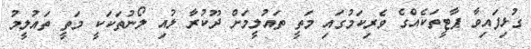
ގުޅިފައިވާ ޕާޓީތަކެއްގެ ވެރިކަމުގައި މަތީ ތައުލީމަށް ދޫކުރާ ލުއި ލޯނުތަކަކީ މަތީ ތައުލީމު